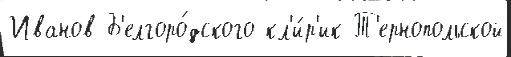
Иванов Б'елгоро́дского кл'и́р'ик Т'ернопольской